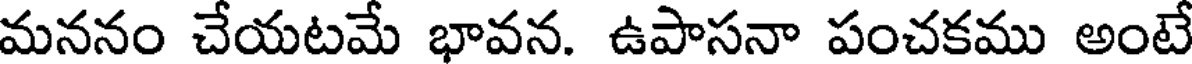
మననం చేయటమే భావన. ఉపాసనా పంచకము అంటే